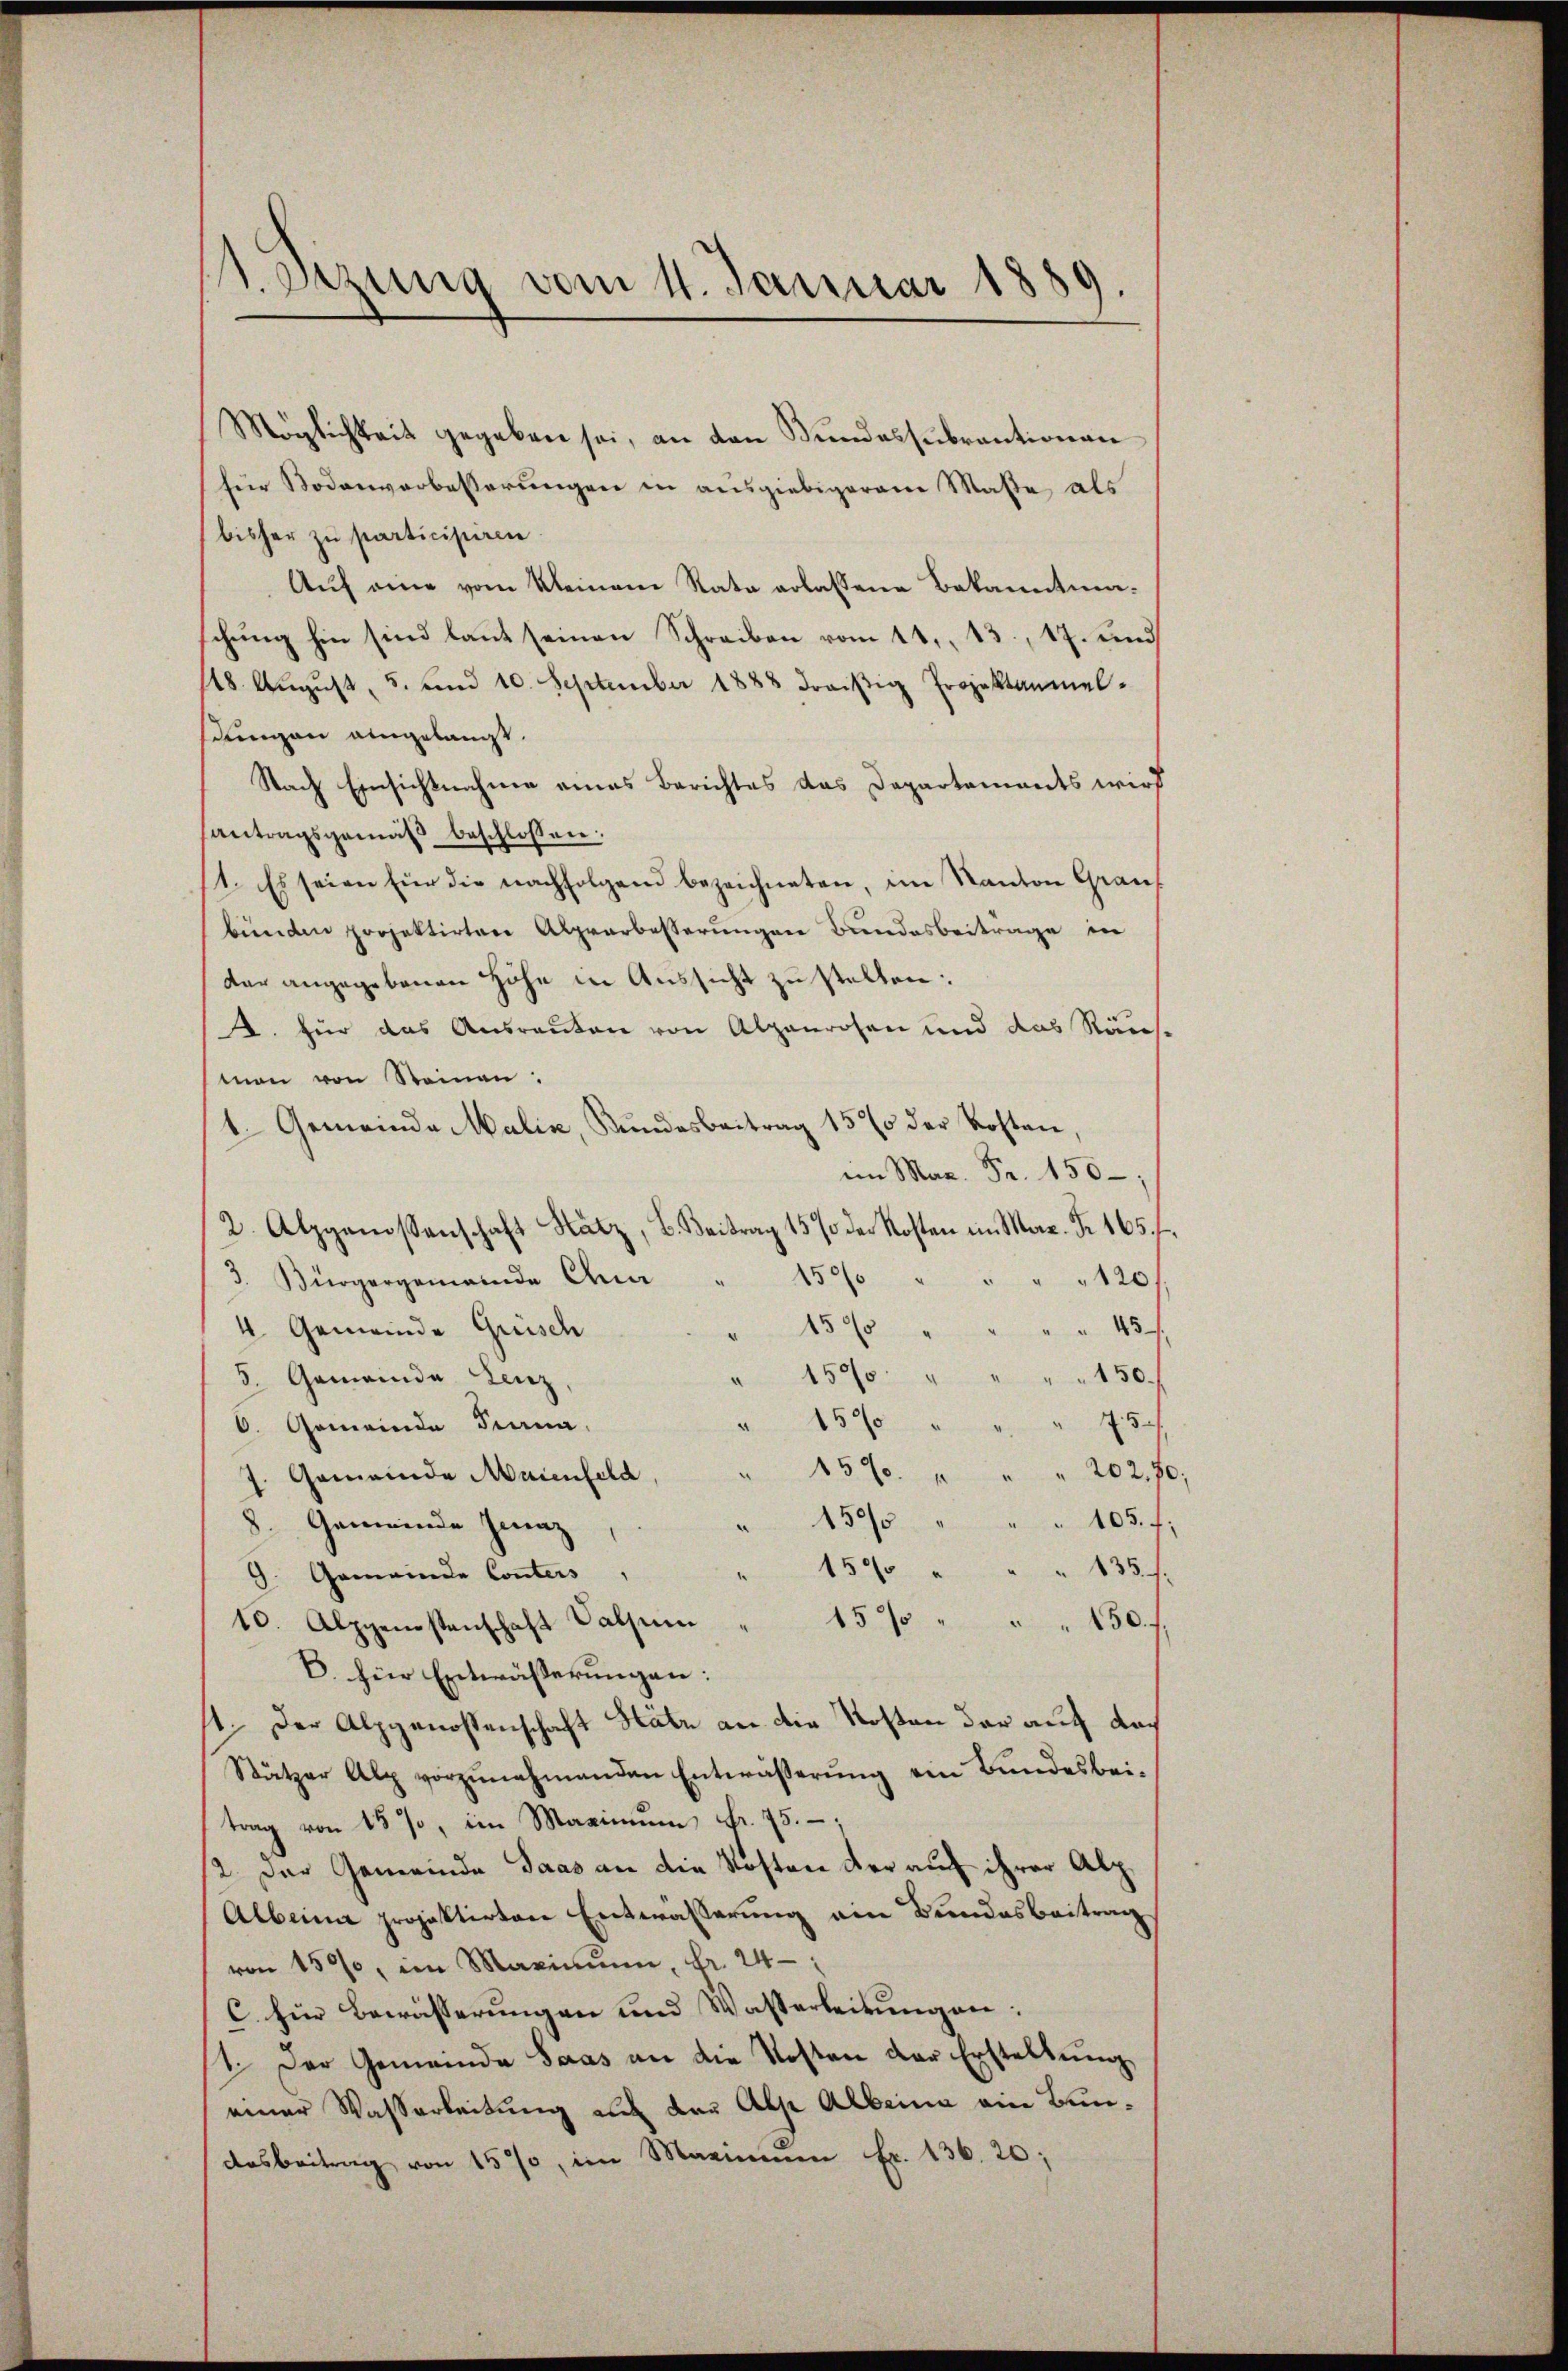
1. Sezung vom 11. Januar 1889.

Möglichkeit gegeben sei, an den Bŭndessŭbrantionen
für Bodenverbesserungen in ausgiebigeren Maße als
bisher zu participiren.
Aŭf eine vom Kleinem Rata erlassene Bekanntmaschung hin sind lant seinen Schreiben vom 11. 13., 17. und
18. Aŭgŭst, 5. und 10. September 1888 droiβig Projektanmeldungen aingelangt.
Nach Einsichtnahme eines Berichtes das Departements wird
antragsgemäß beschlossen:
1. Es seien für die nachfolgend bezeichneten, im Kanton Graus
bünden projektirten Alprarbesserungen Bundesbeitrage in
der angegebenen Höhe in Aussicht zu stellen:
A. für das Ausreuten von Alpenrosen und das Räus-
mon von Steinen:
1. Gemeinde Malić, Bundesbeitrag 15% der Kosten,
im Mar. Fr. 150,
2. Alzgenossenschaft Hatz, B. Beitrag 1570 der Kosten im Mar. Fr. 165 f.
3. Bürgergemeinde Ana
150% " " " " 120,
4 Gemeinde Grisch
15% " " " " 45 f.
1500
150.
5. Gemeinde Lenz
150
6. Gemeinde Fina
750
15% " " " 202,70;
7. Gemeinde Maienfeld,
150% " " " 105 f:
8. Gemeinde Jenaz
150 " " " 135 f.
9. Gemeinde Conters
10. Alpgenstenschaft Valsum
15% " " " 150. f.
V. für Entwäßerungen:
st. Der Alpgenossenschaft Hatz an die Kosten der auf das
Stützer Alp vorzunehmenden Entwässerung ein Bundesbeitrag von 15 %, im Maximum Fr. 75.
2. Der Gemeinde Saas an die Kosten der auf ihrer Alp¬
Albeina projektirten Entwässerung ein Bundesbeitrag
von 1590, im Maximum, fr. 24
C. für Bewässerungen und Wasserleitŭngen:
1. Der Gemeinde Saas an die Kosten der Erstellung
einer Wassarbeitung auf der Alp Albeina ein Bun¬
Dosbeitrag von 157, im Maximum Fr. 136. 20;